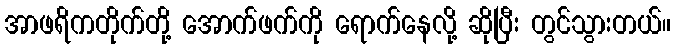
အာဖရိကတိုက်တို့ အောက်ဖက်ကို ရောက်နေလို့ ဆိုပြီး တွင်သွားတယ်။